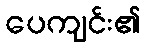
ပေကျင်း၏